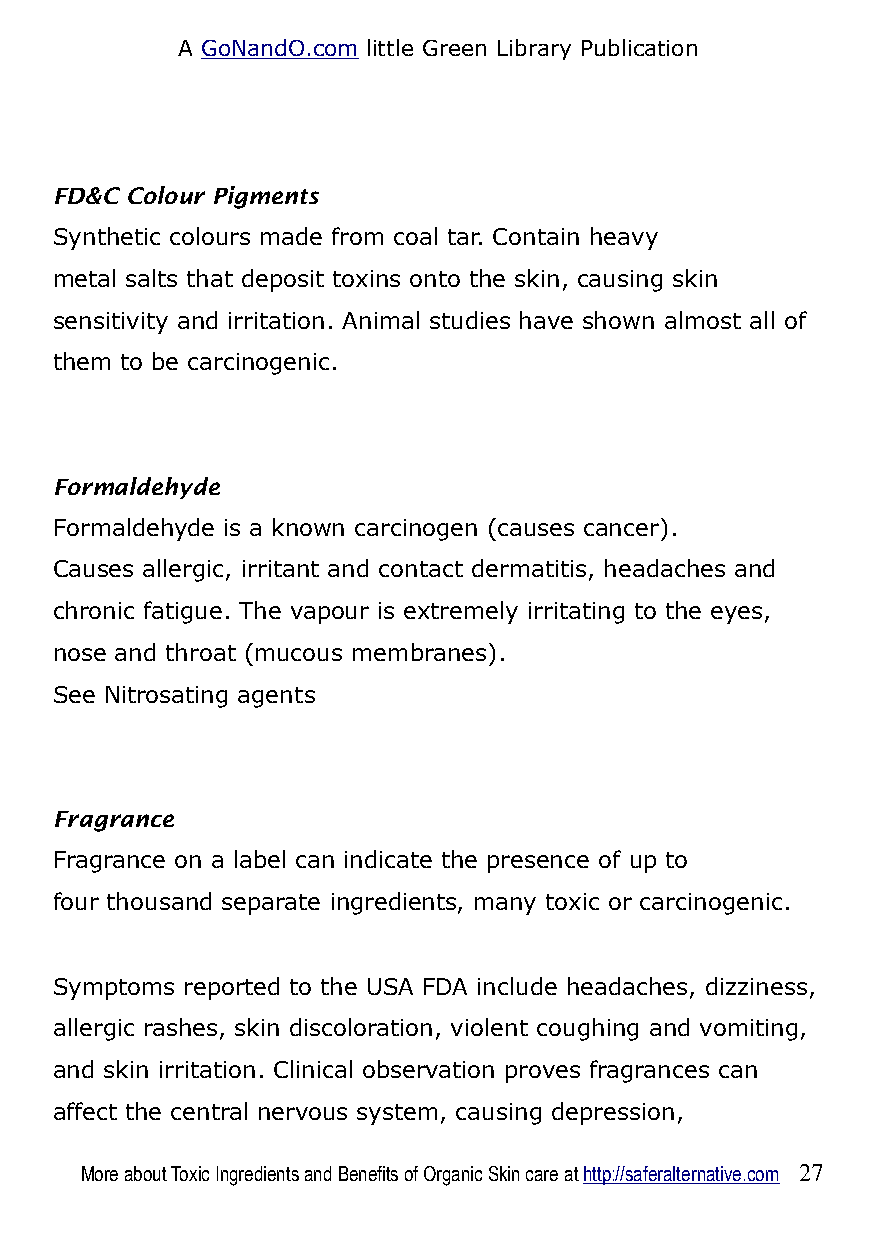
A GoNandO.com little Green Library Publication
 FD&C Colour Pigments
 Synthetic colours made from coal tar. Contain heavy
 metal salts that deposit toxins onto the skin, causing skin
 sensitivity and irritation. Animal studies have shown almost all of
 them to be carcinogenic.
 Formaldehyde
 Formaldehyde is a known carcinogen (causes cancer).
 Causes allergic, irritant and contact dermatitis, headaches and
 chronic fatigue. The vapour is extremely irritating to the eyes,
 nose and throat (mucous membranes).
 See Nitrosating agents
 Fragrance
 Fragrance on a label can indicate the presence of up to
 four thousand separate ingredients, many toxic or carcinogenic.
 Symptoms reported to the USA FDA include headaches, dizziness,
 allergic rashes, skin discoloration, violent coughing and vomiting,
 and skin irritation. Clinical observation proves fragrances can
 affect the central nervous system, causing depression,
 More about Toxic Ingredients and Benefits of Organic Skin care at http://saferalternative.com 27